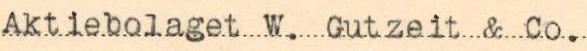
Aktiebolaget W. Gutzeit & Co.